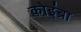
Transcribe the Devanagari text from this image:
कोइंब्रा